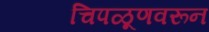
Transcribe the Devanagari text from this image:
चिपळूणवरून